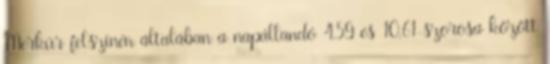
Merkúr felszínén általában a napállandó 4,59 és 10,61-szorosa között